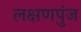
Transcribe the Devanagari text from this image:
लक्षणपुंज